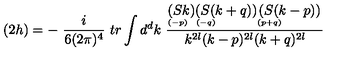
( 2 h ) = - \ \frac { i } { 6 ( 2 \pi ) ^ { 4 } } \ t r \int d ^ { d } k \ \frac { \stackrel { \displaystyle ( S k ) } { \scriptscriptstyle ( - p ) \phantom { + } } \stackrel { \displaystyle ( S ( k + q ) ) } { \scriptscriptstyle ( - q ) \phantom { + q q q q q q q } } \stackrel { \displaystyle ( S ( k - p ) ) } { \scriptscriptstyle ( p + q ) \phantom { + q q q q q q q } } } { k ^ { 2 l } ( k - p ) ^ { 2 l } ( k + q ) ^ { 2 l } }